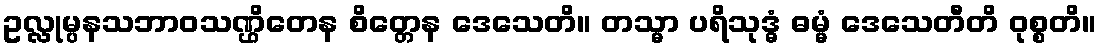
ဥလ္လုမ္ပနသဘာဝသဏ္ဌိတေန စိတ္တေန ဒေသေတိ။ တသ္မာ ပရိသုဒ္ဓံ ဓမ္မံ ဒေသေတီတိ ဝုစ္စတိ။